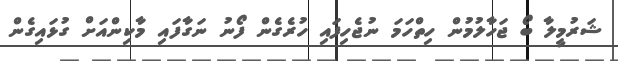
ޝަރުމީލާ ބޯ ޖަހާލުމުން ހިތްހަމަ ނުޖެހިފައި ހުރެގެން ފޯނު ނަގާފައި މާކިންއަށް ގުޅައިގެން